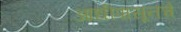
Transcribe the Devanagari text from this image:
आधीपासूनचे